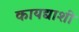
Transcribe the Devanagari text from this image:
कायद्याशी